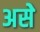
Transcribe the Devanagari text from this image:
असेे